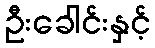
ဦးခေါင်းနှင့်